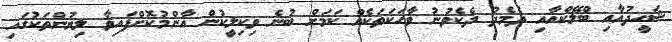
ޝަހީދުއާއި ބްލޭކްއާއި ދެމެދު ދެކެވުނު ވާހަކަތަކެއް ކަމަށް ބުނެ ވިކިލީކުން އާންމުކޮށްފައިވާ ލިޔުންތަކުގައި